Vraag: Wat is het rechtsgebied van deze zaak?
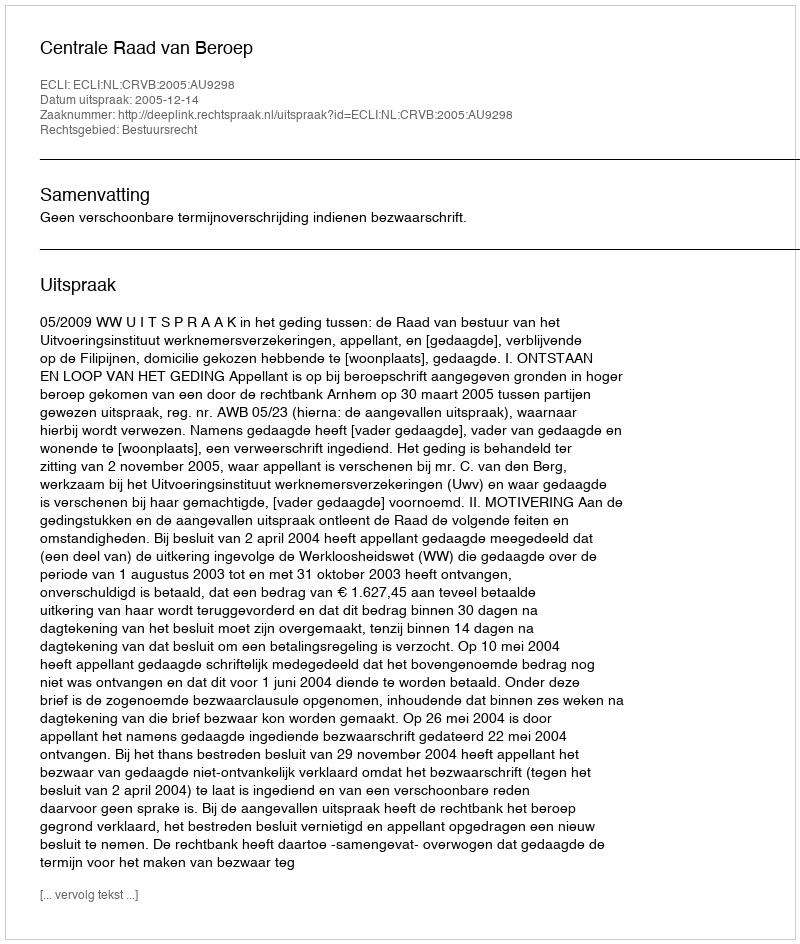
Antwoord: Bestuursrecht